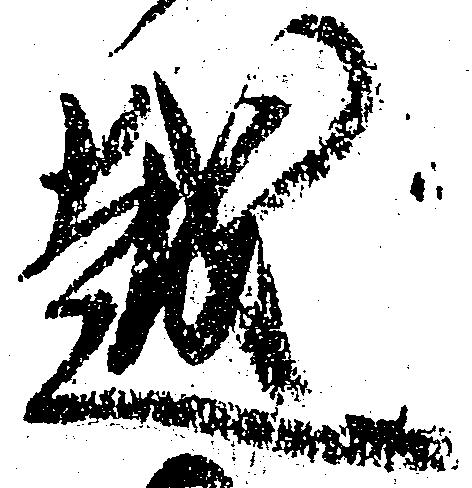
越